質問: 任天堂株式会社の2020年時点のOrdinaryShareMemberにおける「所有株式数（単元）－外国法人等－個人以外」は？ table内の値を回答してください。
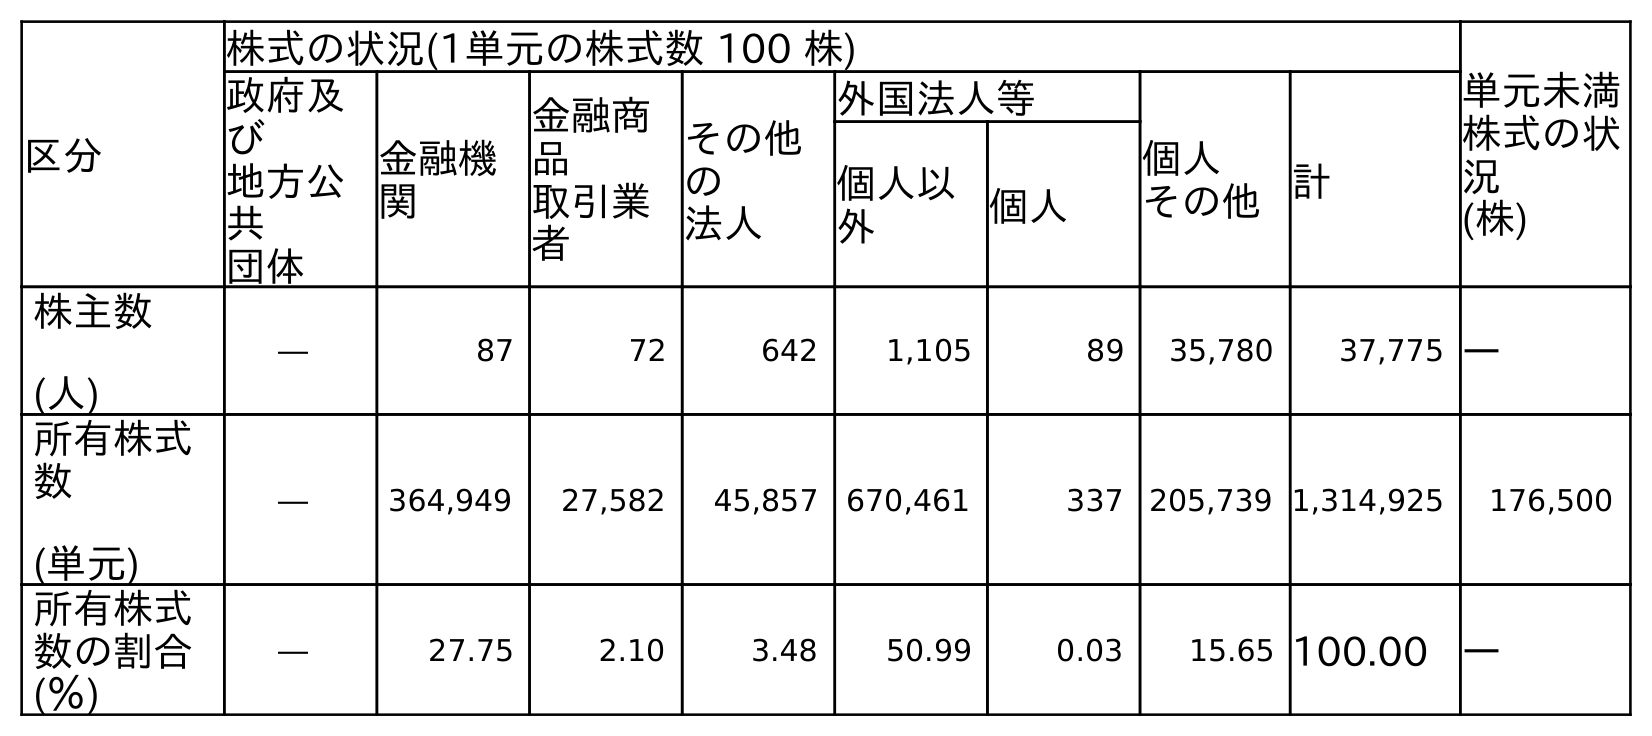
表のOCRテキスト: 区分 株式の状況(1単元の株式数 100 株) 単元未満 株式の状 況 (株) 政府及 び 地方公 共 団体 金融機 関 金融商 品 取引業 者 その他 の 法人 外国法人等 個人 その他計 個人以 外 個人 株主数 (人) ― 87 72 642 1,105 89 35,780 37,775 ― 所有株式 数 (単元) ― 364,949 27,582 45,857 670,461 337 205,739 1,314,925 176,500 所有株式 数の割合 (％) ― 27.75 2.10 3.48 50.99 0.03 15.65 100.00 ―
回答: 670,461